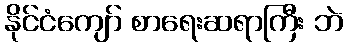
နိုင်ငံကျော် စာရေးဆရာကြီး ဘဲ